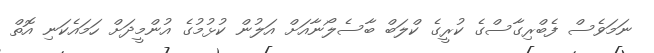
ނަމަވެސް ފެބްރިގާސްގެ ކުރީގެ ކްލަބް ބާސެލޯނާއަށް އަލުން ކުޅުމުގެ އުންމީދަށް ހަމައެކަނި އޮތް